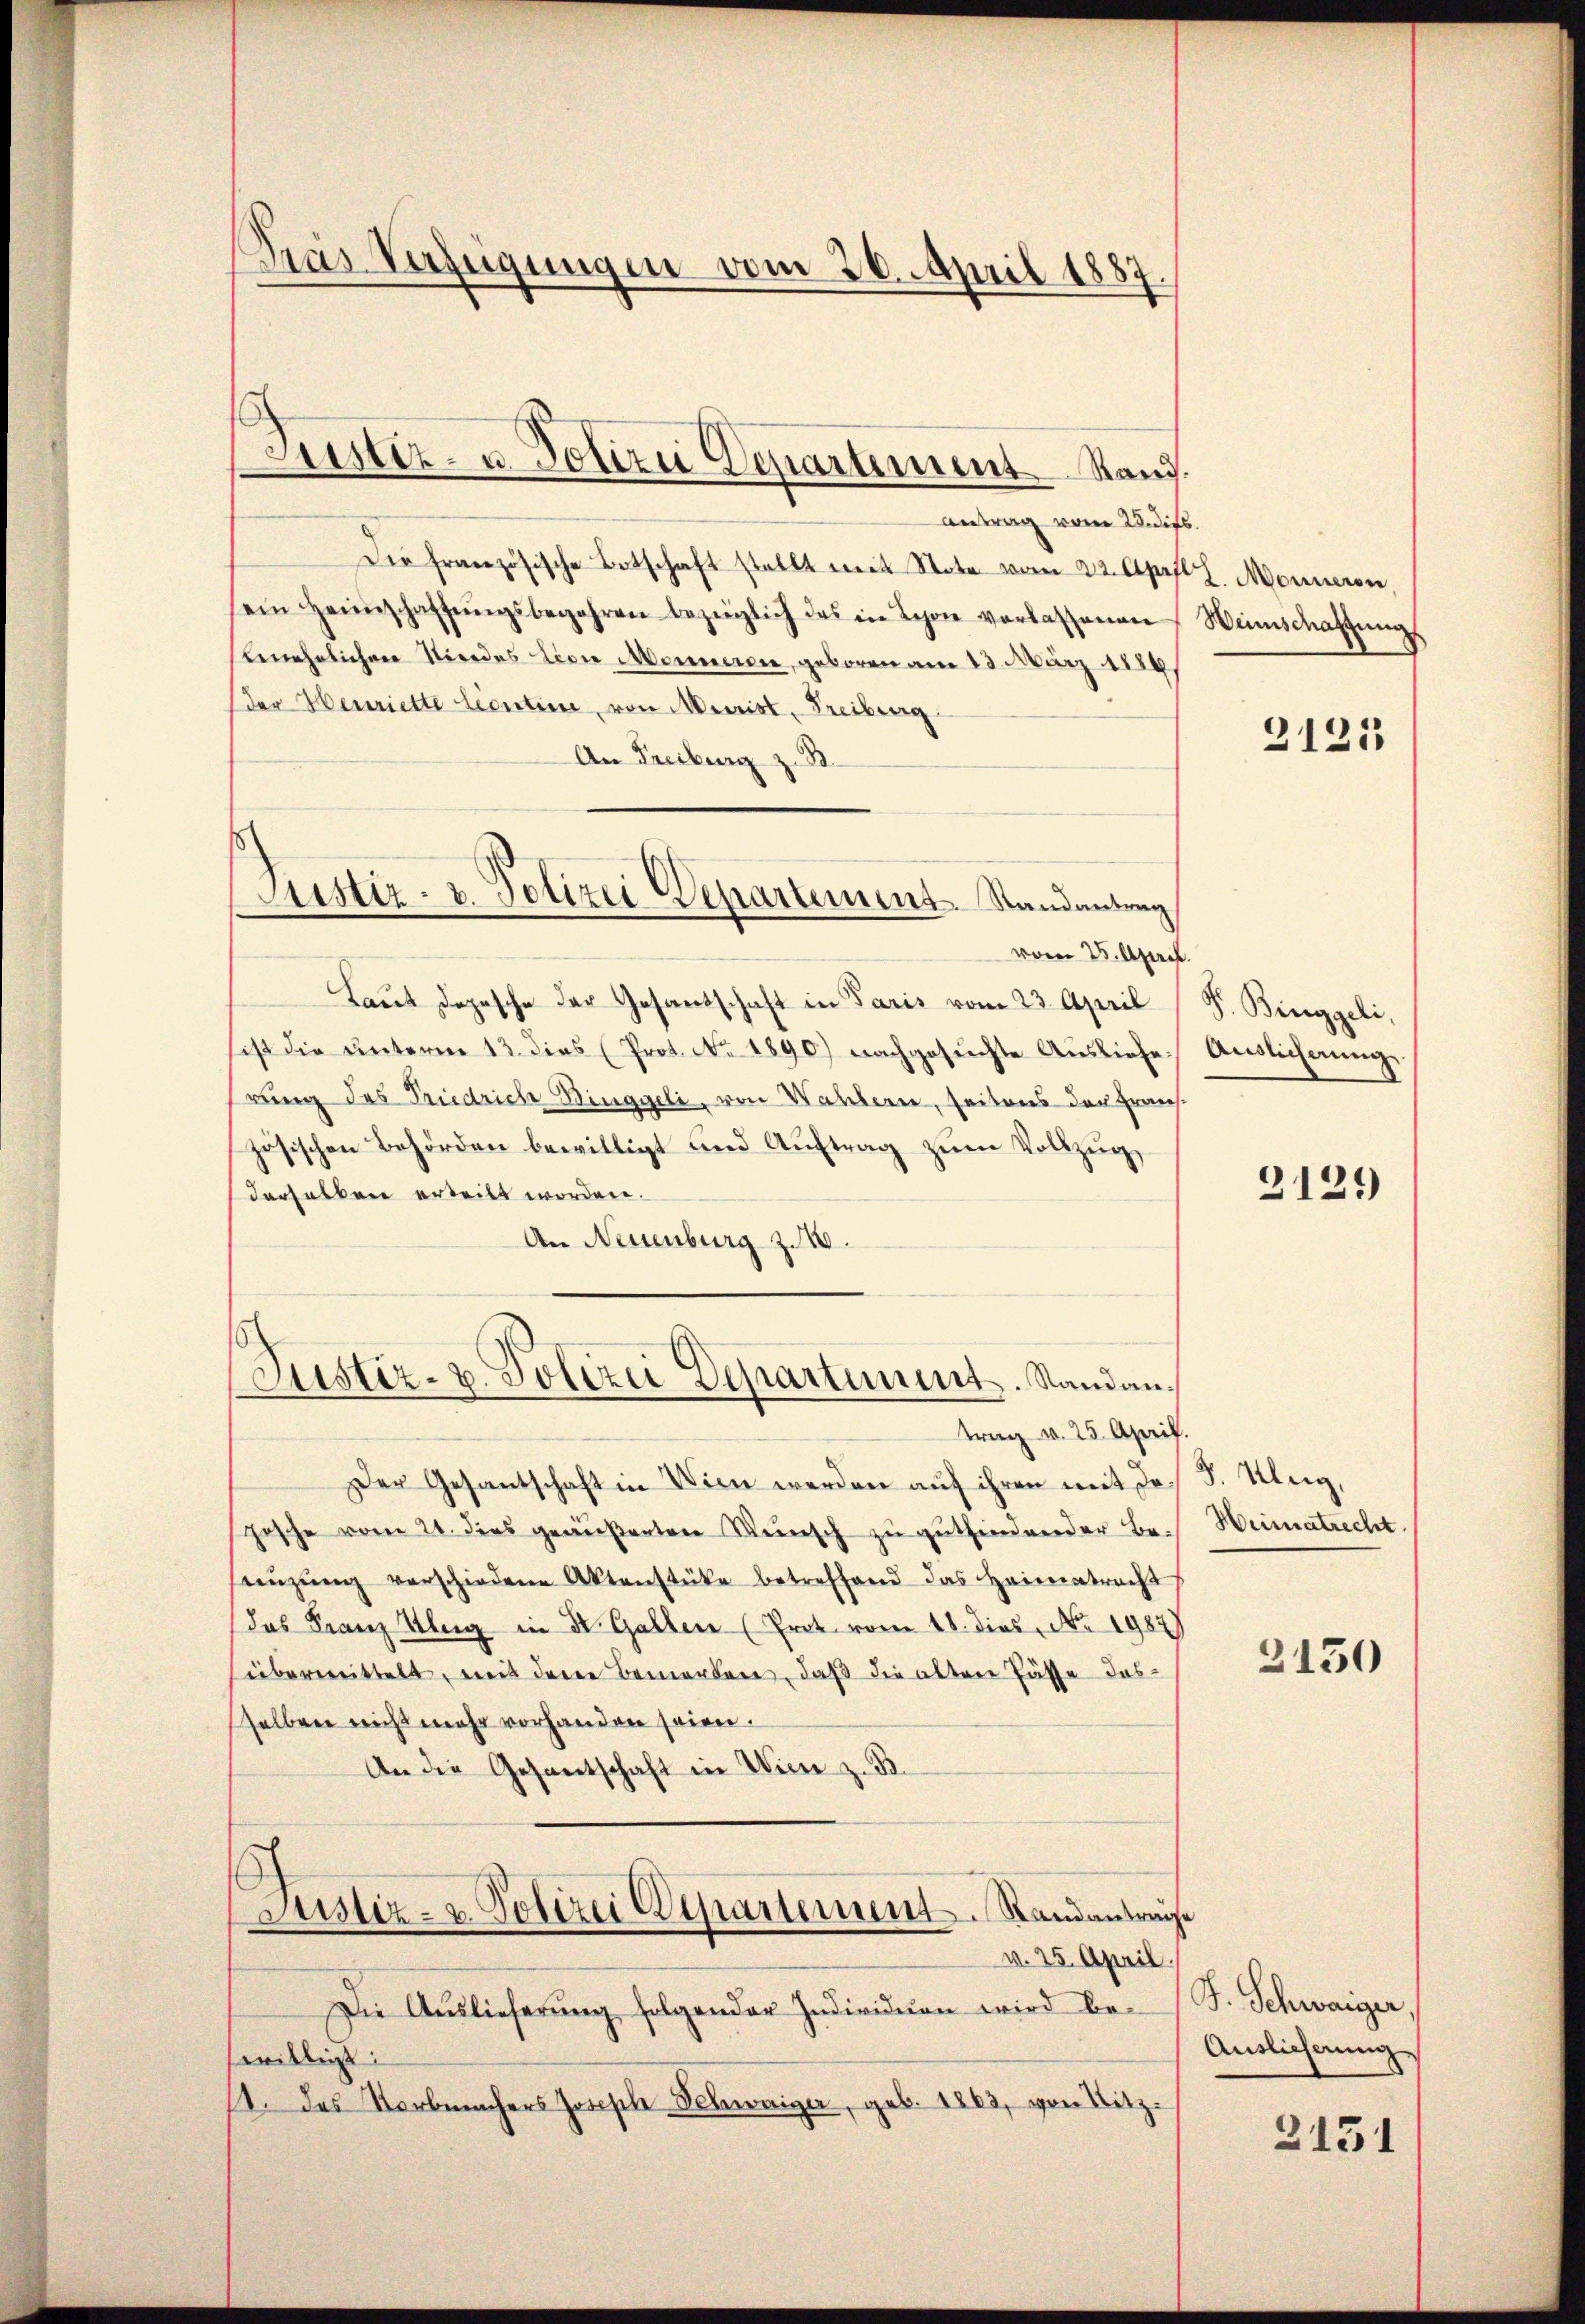
Pras Verfügungen vom 26. April 1887

Justiz- u. Polizi Departement Rand

Antrag vom 28. die
Die französische Botschaft stellt mit Note vom 22. April
ein Heimschaffŭngsbegehren bezüglich des in Schon verlassenen
benehrlichen Nordes Lion Monuerdie, geboren am 23. März 1889
der Henriette Leontin, von Murist, Freiburg
An Freiburg z. B.
s
Justiz- u. Polizei Departement. Randantrag
vom 25. April.
Laut Depesche der Gesandschaft in Paris vom 23. April
ist die ŭnterm 13. dies (Prot. No. 1890.) nachgesŭchte Ausliefe.
rung des Friedriche Binggeli, von Waltern, seitens der Frau
zösischen Behörden bewilligt und Auftrag zum Vollzug,
derselben erteilt worden.
An Neuenburg z. 18.

5
Justiz- u. Polizei Departiment. Sandan¬

trag v. 25. April.
Der Gesantschaft in Wien werden aŭf ihren mit Jo-
posche vom 21. dies geäußerten Wünsch zu guthendender Be-
enzŭng verschiedene Aktenstüke betreffend das Heimatracht
(das Franz Uleg in Dr. Gallen (Prot vom 18. dies No. 1987)
übermittelt mit deren Bemerken, daß die alten Fässe das
selben nicht mehr vorhanden seien.
An die Gesandtschaft in Wien z. B.
Justiz- & Polizei Departement. Standantrage
v. 25. April.
Die Aŭslieferŭng folgender Individuen wird be-
willigt:|
11. das Norbmachers Joseph Schwaiger, geb. 1863, von Sitz-

.
2. Monneron,
Weinschaftung

2125

P. Binggeli,
Auslicherung.

2121)

F. Aug,
Heimatrecht

3150

J. Schwaiger,
Auslieferung
2151